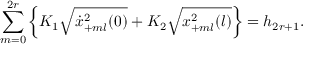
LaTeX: \sum _ { m = 0 } ^ { 2 r } \left\{ K _ { 1 } \sqrt { \dot { x } _ { + m l } ^ { 2 } ( 0 ) } + K _ { 2 } \sqrt { x _ { + m l } ^ { 2 } ( l ) } \right\} = h _ { 2 r + 1 } .